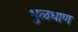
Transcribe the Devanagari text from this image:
धुळधाण